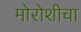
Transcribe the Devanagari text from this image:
मोरोशीचा